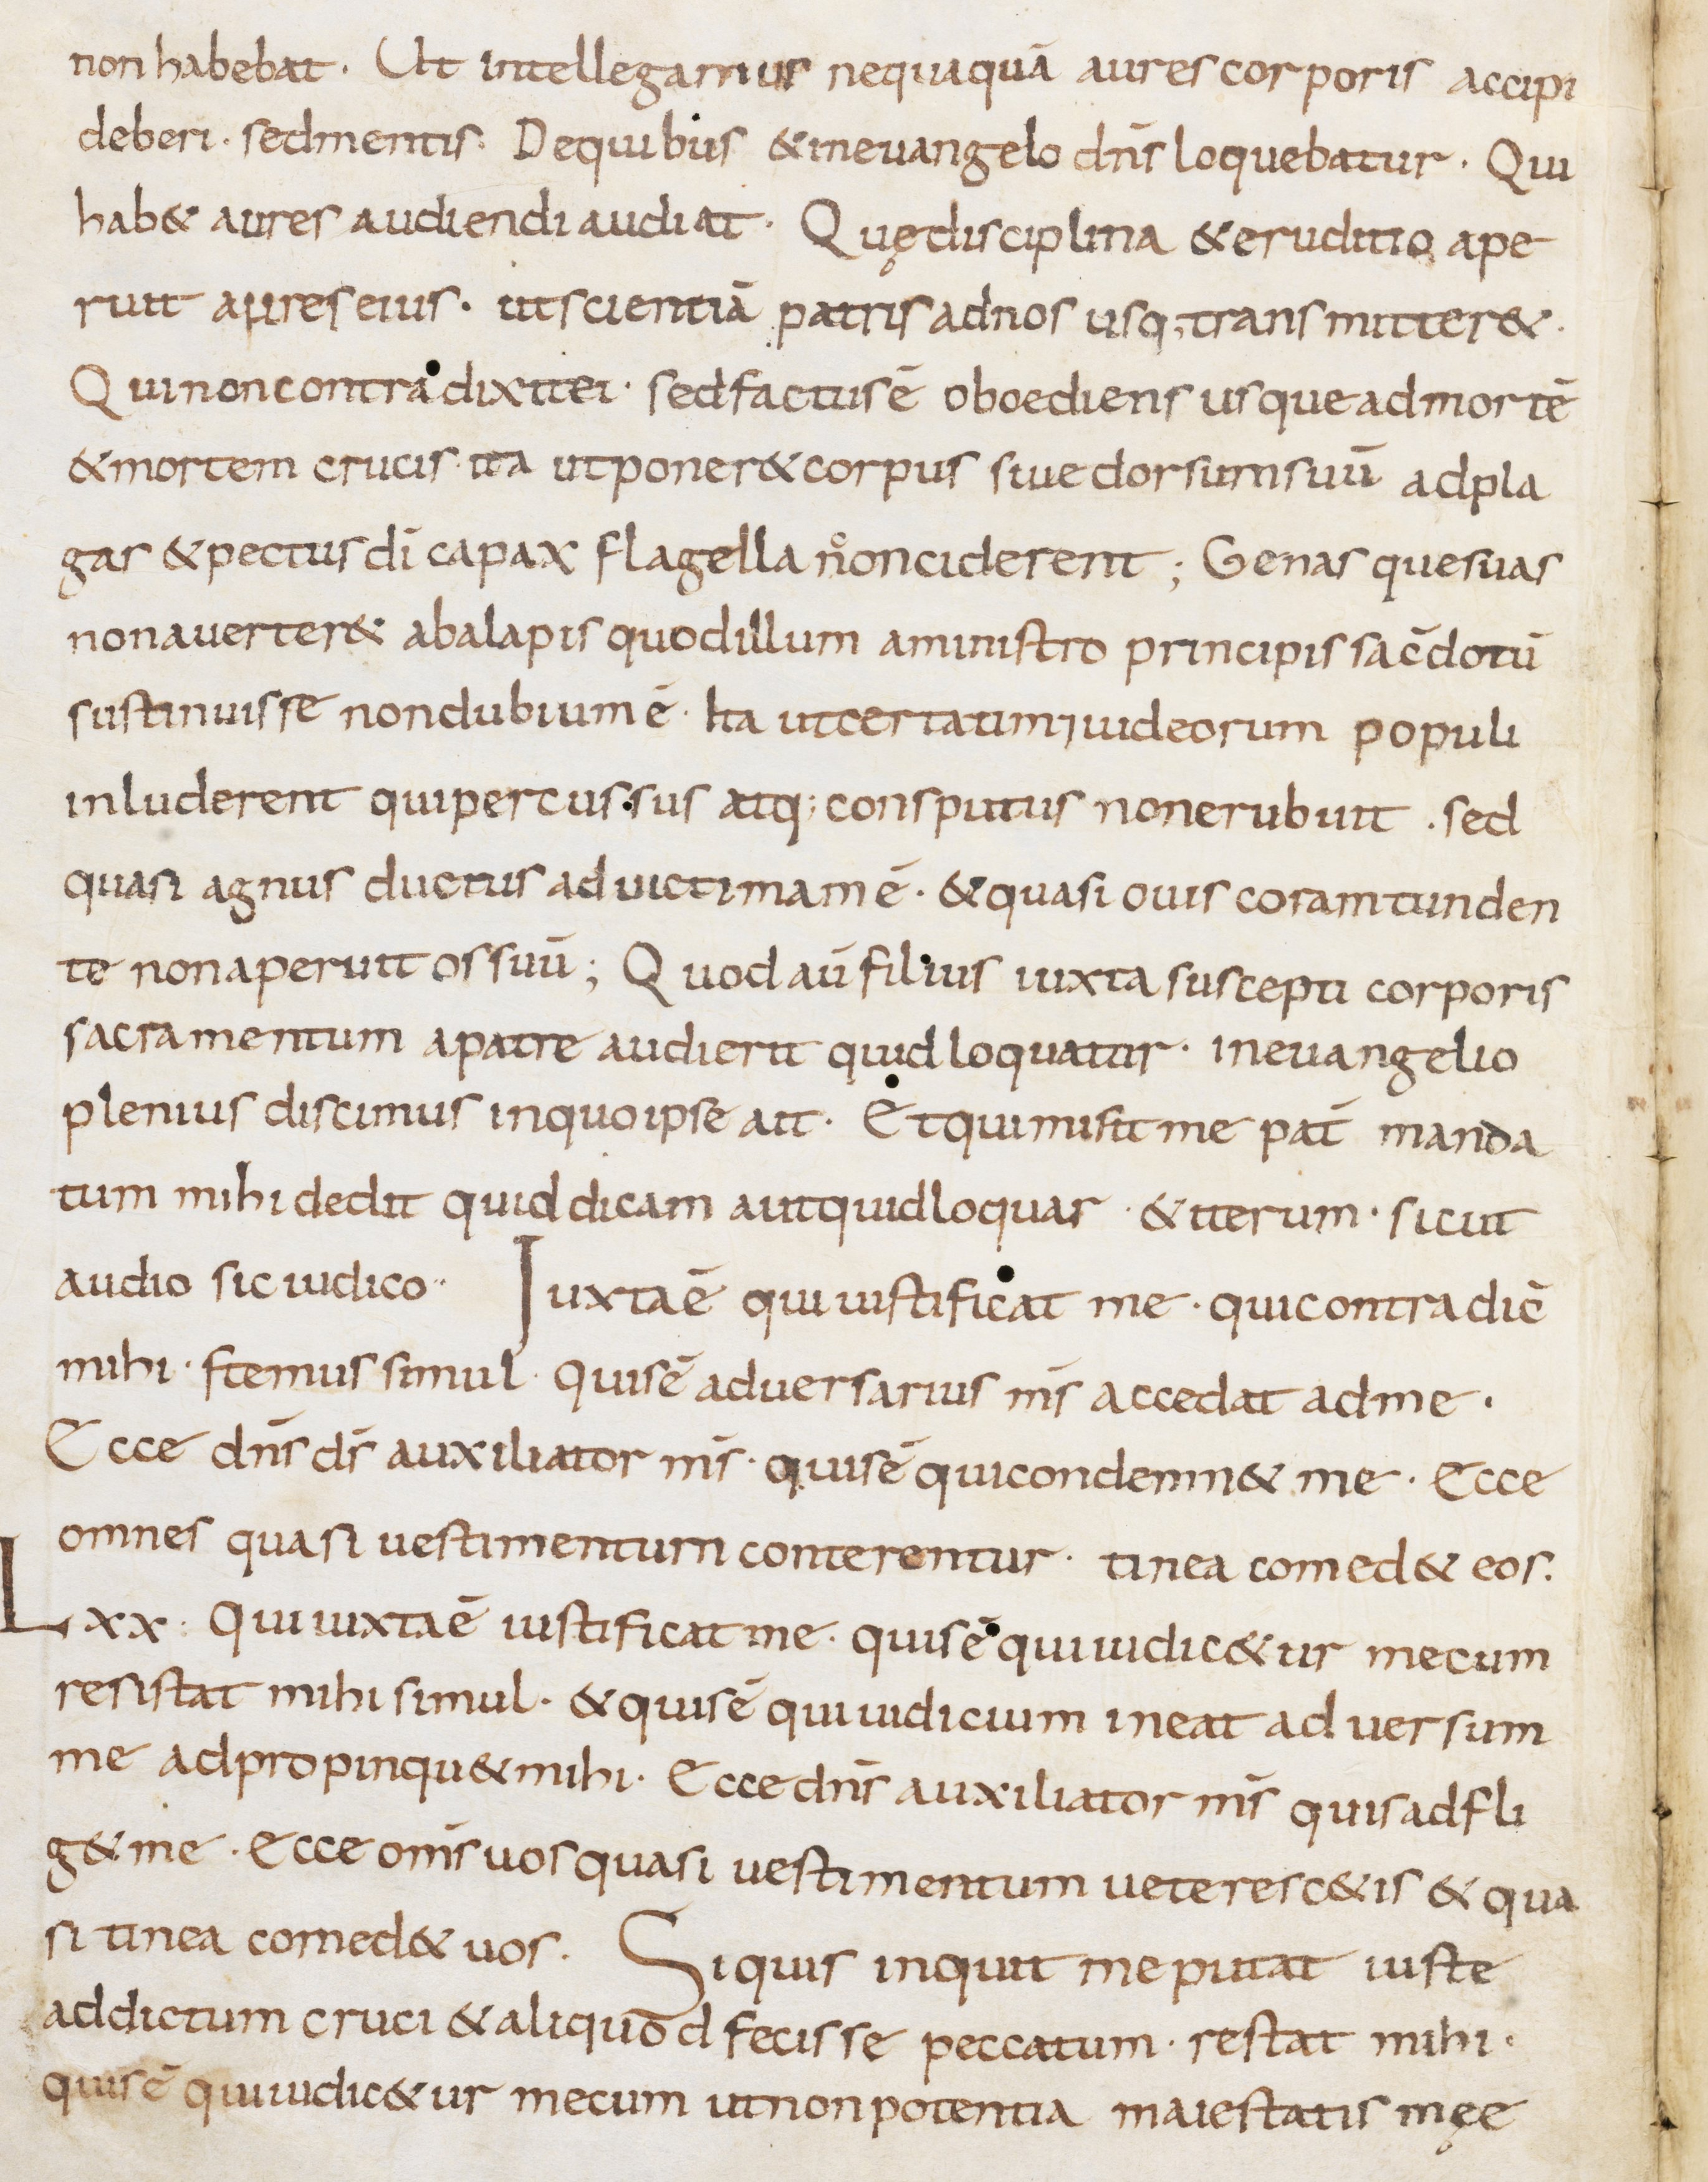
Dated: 800–899